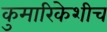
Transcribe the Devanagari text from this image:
कुमारिकेशीच